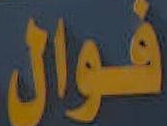
فوال